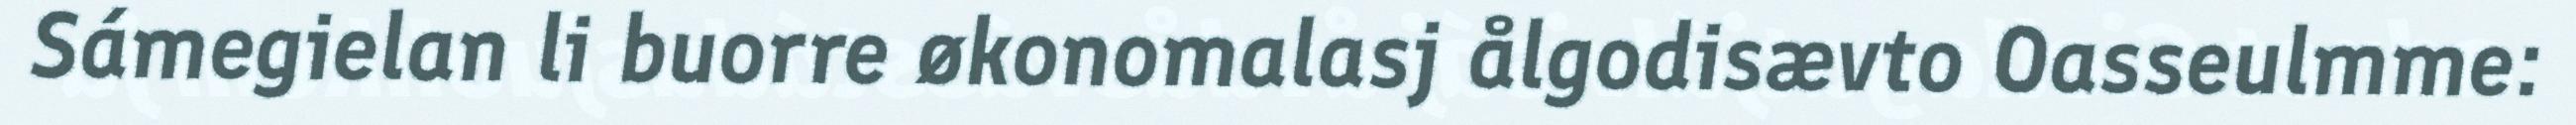
Sámegielan li buorre økonomalasj ålgodisævto Oasseulmme: